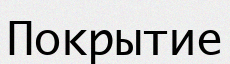
Покрытие